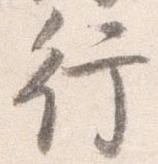
行